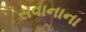
સવાનાના